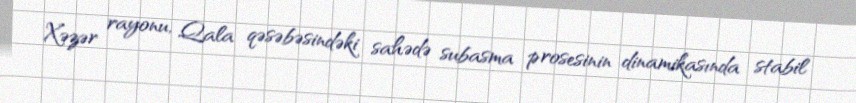
Xəzər rayonu, Qala qəsəbəsindəki sahədə subasma prosesinin dinamikasında stabil